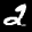
Label: 2